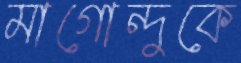
মাগোন্দুকে